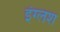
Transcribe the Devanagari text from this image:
इंग्लश